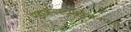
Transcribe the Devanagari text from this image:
महाजनपदमहाजनपदों